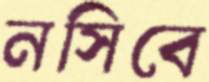
নসিবে